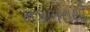
મકબરાથી